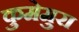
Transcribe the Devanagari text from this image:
कुमेमुरा